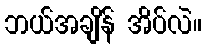
ဘယ်အချိန် အိပ်လဲ။